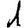
Digit: 1